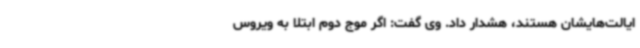
ایالت‌هایشان هستند، هشدار داد. وی گفت: اگر موج دوم ابتلا به ویروس